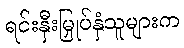
ရင်းနှီးမြှုပ်နှံသူများက